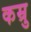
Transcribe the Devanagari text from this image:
कम्रु